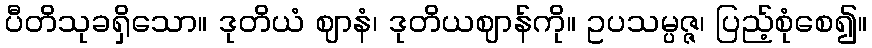
ပီတိသုခရှိသော။ ဒုတိယံ ဈာနံ၊ ဒုတိယဈာန်ကို။ ဥပသမ္ပဇ္ဇ၊ ပြည့်စုံစေ၍။